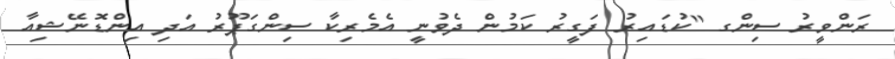
ރަންވީރު ސިންގ "ކުޑައިރު ފަގީރު ކަމުން ދެވުނީ އެމެރިކާ ސިންގަޕޫރު އަދި އިންޑޮނޭޝިއާ